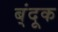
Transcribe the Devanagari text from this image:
ब्ंदूक